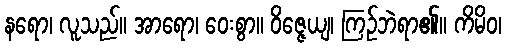
နရော၊ လူသည်။ အာရော၊ ဝေးစွာ။ ဝိဇ္ဇေယျ၊ ကြဉ်ဘဲရာ၏။ ကိမိဝ၊